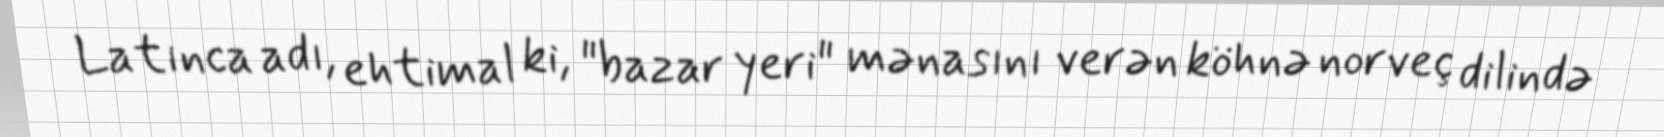
Latınca adı, ehtimal ki, "bazar yeri" mənasını verən köhnə norveç dilində